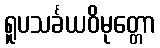
ရူပသင်္ခယဝိမုတ္တော